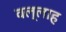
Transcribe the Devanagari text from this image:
वल्लाह